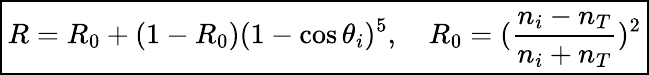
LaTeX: \boxed{R=R_{0}+(1-R_{0})(1-\cos{\theta_{i}})^{5},\quad R_{0}=(\frac{n_{i}-n_{T}}{n_{i}+n_{T}})^{2}}